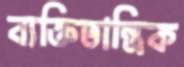
ব্যক্তিতান্ত্রিক